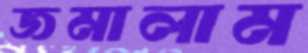
জমালাম